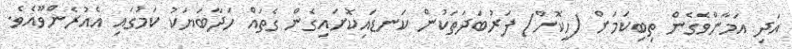
އަދި އަމާންވެގެން ތިބިކަމަށް (ހީކޮށް) ފަރުބަދަތަކުން ކަނޑައިކޮށައިގެން ގެތައް ހަދާބަޔަކު ކަމުގައި އެއުރެންވޫއެވެ.